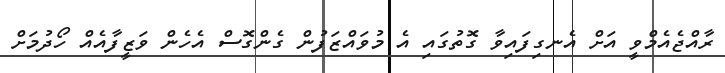
ރާއްޖެއެމްވީ އަށް އެނގިފައިވާ ގޮތުގައި އެ މުވައްޒަފުން ގެންގޮސް އެހެން ވަޒީފާއެއް ހޯދުމަށް